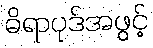
ဓိရာပုဒ်အဖွင့်